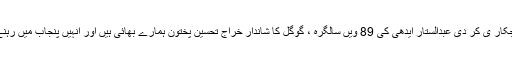
تصدیق کی سروسز کی نجکار ی کر دی عبدالستار ایدھی کی 89 ویں سالگرہ ، گوگل کا شاندار خراج تحسین پختون ہمارے بھائی ہیں اور انہیں پنجاب میں رہنے کا پورا حق حاصل ہے۔